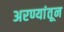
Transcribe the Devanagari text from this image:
अरण्यांतून